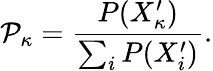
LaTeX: \mathcal{P}_{\kappa}=\frac{P(X_{\kappa}^{\prime})}{\sum_{i}P(X_{i}^{\prime})}.